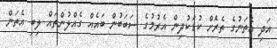
އަދި އެތަނުގެ ތެރެަަށް ކުޑަކުދިން އެރުމުގެ ސަބަބުން ބައެއް ގެއްލުންތައް ލިބި އެތަން